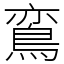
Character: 鵉